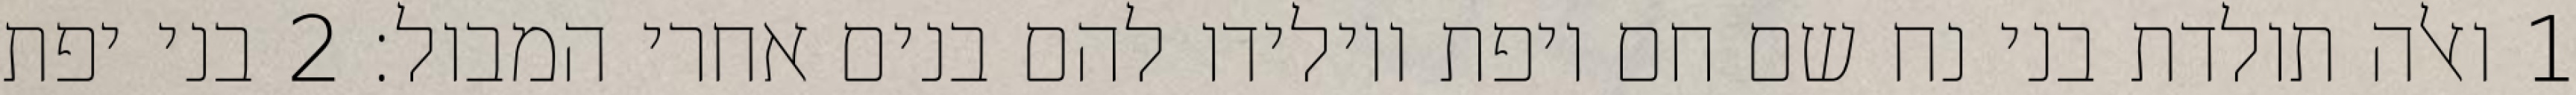
1 ואלה תולדת בני נח שם חם ויפת ויולידו להם בנים אחרי המבול׃ ‎2‏ בני יפת